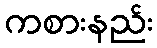
ကစားနည်း